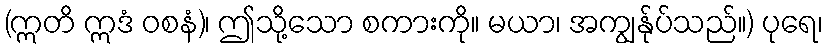
(ဣတိ ဣဒံ ဝစနံ)၊ ဤသို့သော စကားကို။ မယာ၊ အကျွန်ုပ်သည်။) ပုရေ၊